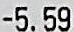
-5.59